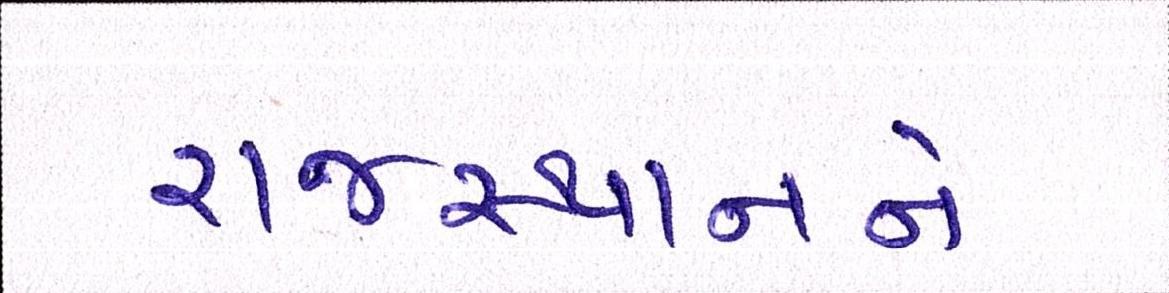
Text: રાજસ્થાનને